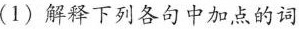
(1)解释下列各句中加点的词